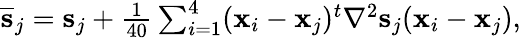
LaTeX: \begin{array}{r}{\overline{{\mathbf s}}_{j}={\mathbf s}_{j}+\frac{1}{40}\sum_{i=1}^{4}({\mathbf x}_{i}-{\mathbf x}_{j})^{t}\nabla^{2}{\mathbf s}_{j}({\mathbf x}_{i}-{\mathbf x}_{j}),}\end{array}